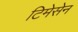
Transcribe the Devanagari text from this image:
टिमेसेन